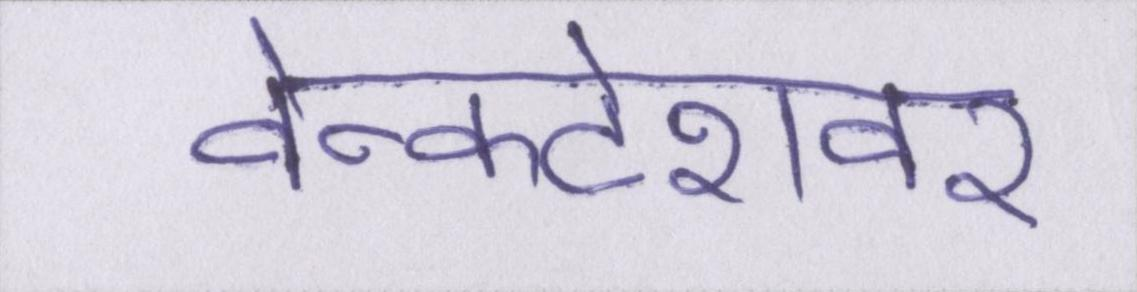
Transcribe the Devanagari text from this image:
वेन्कटेशवर